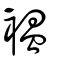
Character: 褞